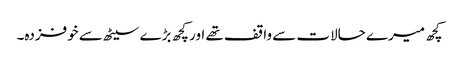
کچھ میرے حالات سے واقف تھے اور کچھ بڑے سیٹھ سے خوفزدہ۔